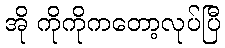
အို ကိုကိုကတော့လုပ်ပြီ